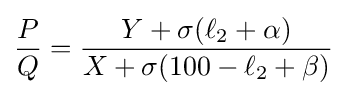
{P \over Q}={{Y+\sigma (\ell _{2}+\alpha )} \over {X+\sigma (100-\ell _{2}+\beta )}}